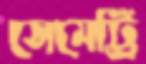
সেমেট্রি